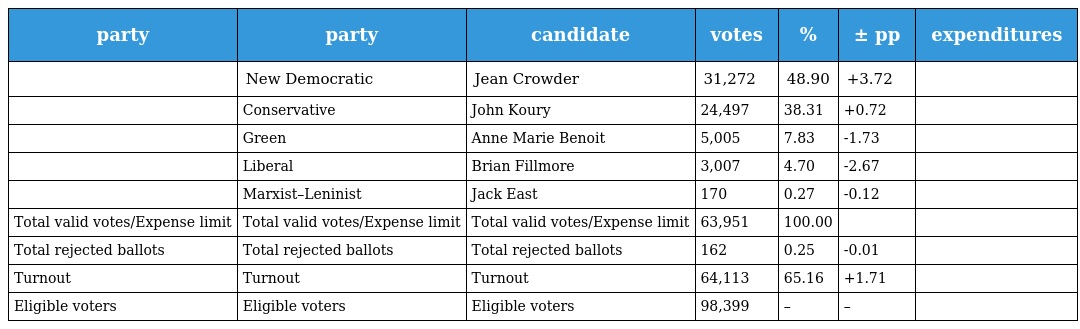
| party | party | candidate | votes | % | ± pp | expenditures |
 | --- | --- | --- | --- | --- | --- | --- |
 |  | New Democratic | Jean Crowder | 31,272 | 48.90 | +3.72 |  |
 |  | Conservative | John Koury | 24,497 | 38.31 | +0.72 |  |
 |  | Green | Anne Marie Benoit | 5,005 | 7.83 | -1.73 |  |
 |  | Liberal | Brian Fillmore | 3,007 | 4.70 | -2.67 |  |
 |  | Marxist–Leninist | Jack East | 170 | 0.27 | -0.12 |  |
 | Total valid votes/Expense limit | Total valid votes/Expense limit | Total valid votes/Expense limit | 63,951 | 100.00 |  |  |
 | Total rejected ballots | Total rejected ballots | Total rejected ballots | 162 | 0.25 | -0.01 |  |
 | Turnout | Turnout | Turnout | 64,113 | 65.16 | +1.71 |  |
 | Eligible voters | Eligible voters | Eligible voters | 98,399 | – | – |  |